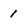
Character: 1